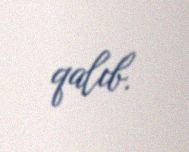
qalıb.